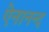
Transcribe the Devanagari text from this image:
ऐनानन्द